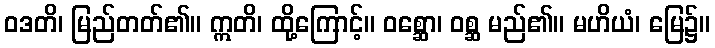
ဝဒတိ၊ မြည်တတ်၏။ ဣတိ၊ ထို့ကြောင့်။ ဝစ္ဆော၊ ဝစ္ဆ မည်၏။ မဟိယံ၊ မြေ၌။